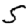
Digit: 5